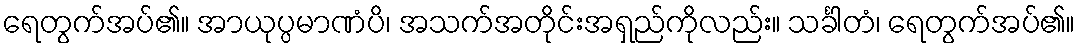
ရေတွက်အပ်၏။ အာယုပ္ပမာဏံပိ၊ အသက်အတိုင်းအရှည်ကိုလည်း။ သင်္ခါတံ၊ ရေတွက်အပ်၏။